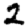
Digit: 2